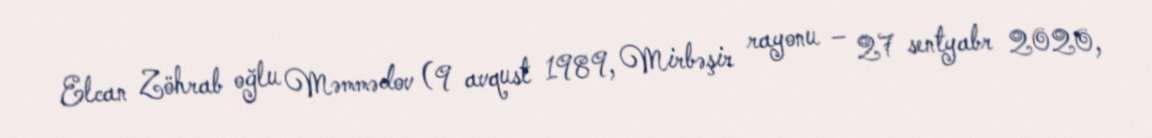
Elcan Zöhrab oğlu Məmmədov (9 avqust 1989, Mirbəşir rayonu – 27 sentyabr 2020,